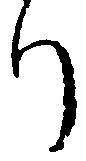
り